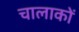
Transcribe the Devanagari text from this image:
चालाकों